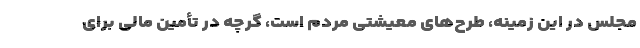
مجلس در این زمینه، طرح‌های معیشتی مردم است،‌ گرچه در تأمین مالی برای